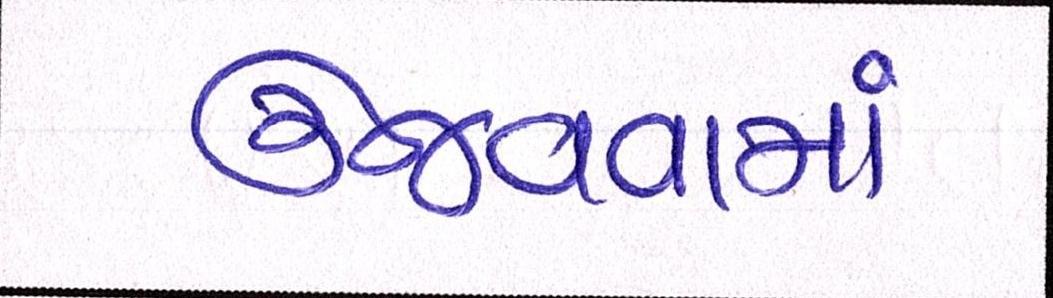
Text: ઉજવવામાં